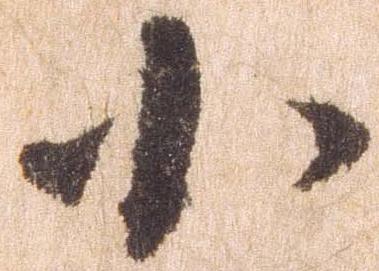
小